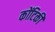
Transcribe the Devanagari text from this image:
कोंटिकी